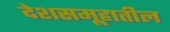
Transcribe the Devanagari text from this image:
देशसमूहातील